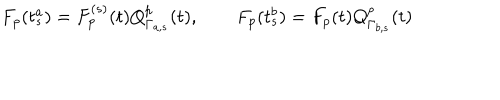
LaTeX: F _ { p } ( t _ { s } ^ { a } ) = F _ { p } ^ { ( s ) } ( t ) Q _ { \Gamma _ { a , s } } ^ { p } ( t ) , \qquad F _ { p } ( t _ { s } ^ { b } ) = F _ { p } ( t ) Q _ { \Gamma _ { b , s } } ^ { p } ( t )